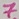
Text: 7